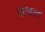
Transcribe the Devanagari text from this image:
योरहाट